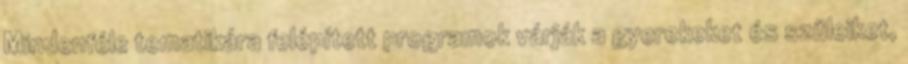
Mindenféle tematikára felépített programok várják a gyerekeket és szüleiket,